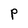
Character: p